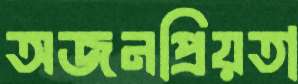
অজনপ্রিয়তা